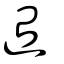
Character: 迨